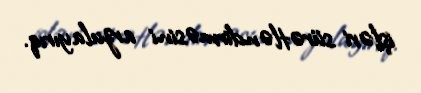
işləri sürətləndirməsini arzulayırıq.